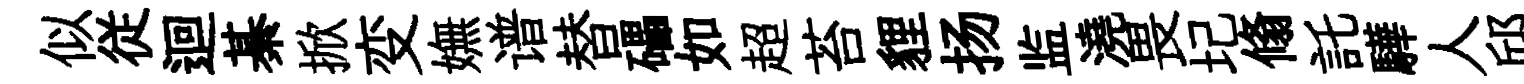
似従迴綦掀变嫵谱替礧如超苔貍扬监澆畏圮翛託驊人邱